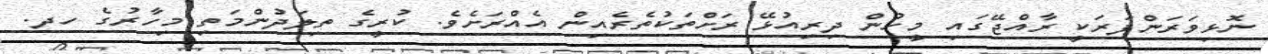
ނޮޅިވަރަންފަރަކީ ރާއްޖޭގައި މީހުން ދިރިއުޅޭ ރަށްތަކުތެރެއިން އެއްރަށެވެ. ކުރީގެ ތިލަދުންމަތި މިހާރުގެ ހދ.